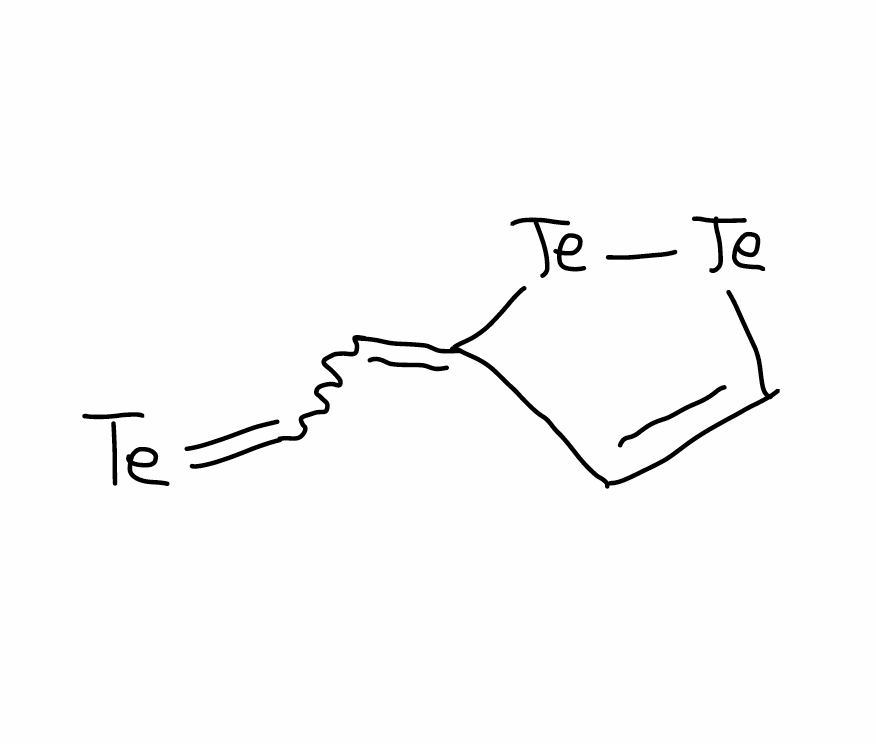
Simplified molecular-input line-entry system (SMILES) notation of the given molecule:
C1=C[Te][Te]C1=CC=[Te]